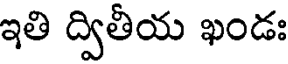
ఇతి ద్వితీయ ఖండః